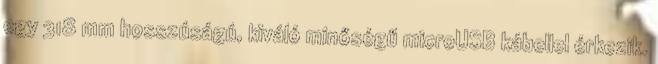
egy 318 mm hosszúságú, kiváló minőségű microUSB kábellel érkezik.